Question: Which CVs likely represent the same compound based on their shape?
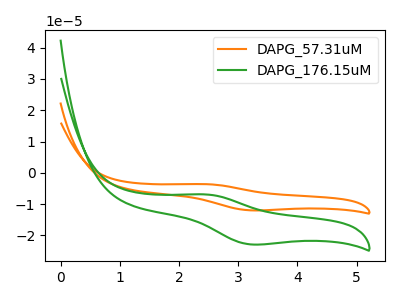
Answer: <think>The orange curve "DAPG_57.31uM" has an anodic peak at (2.45V, -3.65uA) and a cathodic peak at (3.20V, -12.00uA). The green curve "DAPG_176.15uM" has an anodic peak at (2.45V, -6.90uA) and a cathodic peak at (3.20V, -22.90uA).
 All the peaks in "DAPG_57.31uM" have a peak in "DAPG_176.15uM" at the same potential.</think>
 <answer>"DAPG_176.15uM" and "DAPG_57.31uM" have the same shape and are likely CV's of the same chemical.</answer>
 <eval>"DAPG_176.15uM" "DAPG_57.31uM"</eval>